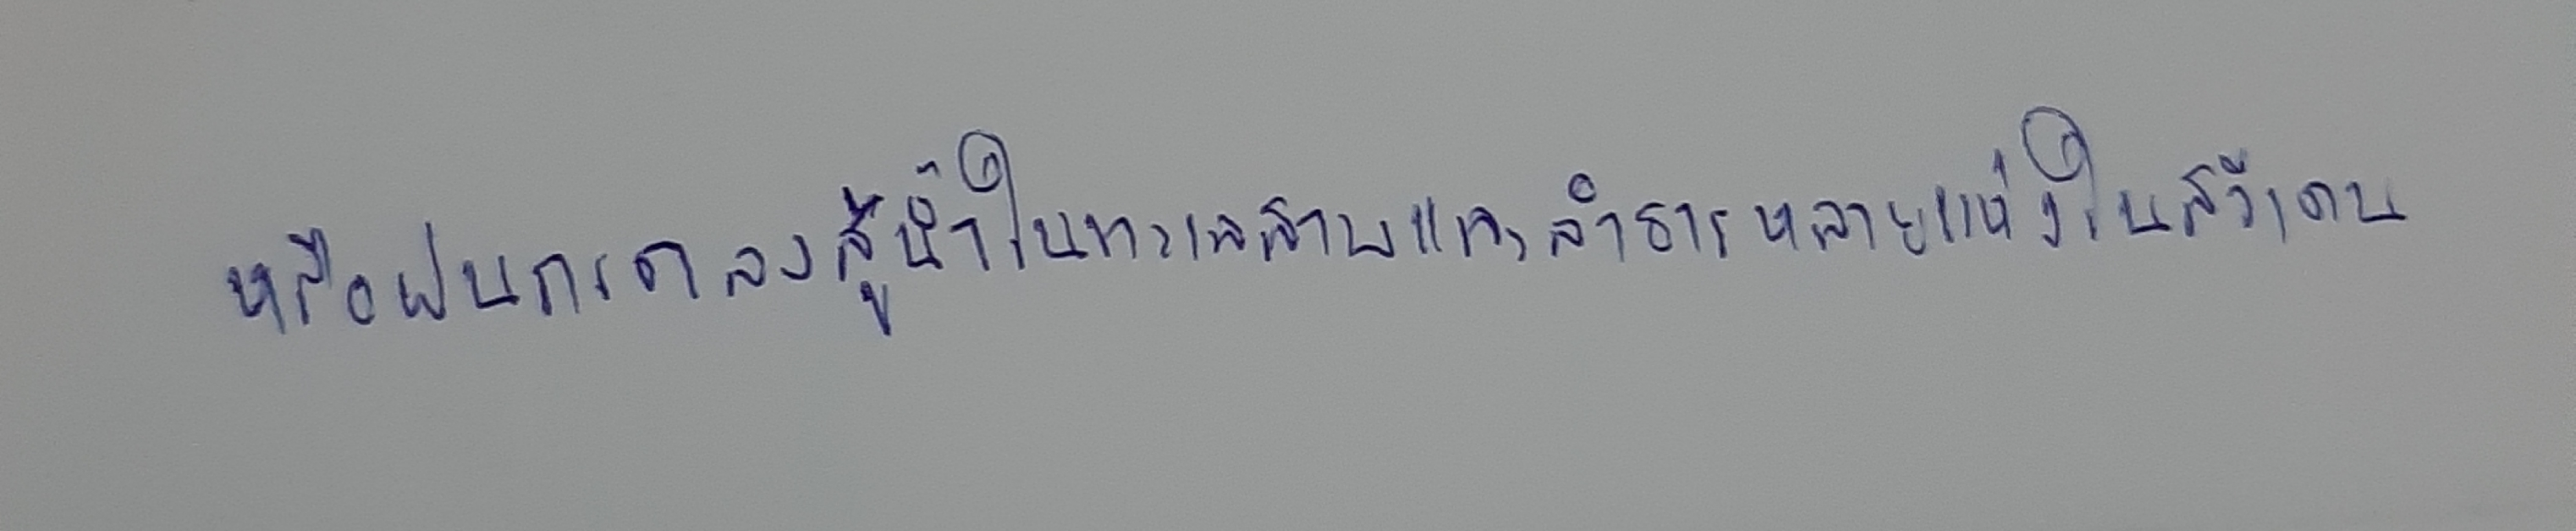
หรือฝนกรดลงสู่น้ำในทะเลสาบและลำธารหลายแห่งในสวีเดน